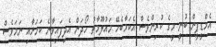
އެމްޑީޕީން ބުނީ މީގެ ކުރިންވެސް އެކަމާބެހޭ މައުލޫމާތު ހޯދަން އެދިފައިވާނެ ކަމަށާއި ނަމަވެސް